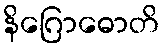
နိဂြောဓောတိ